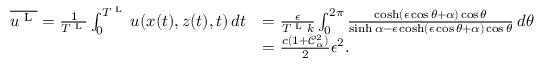
\begin{array} { r l } { \overline { { u ^ { \textnormal { L } } } } = \frac { 1 } { T ^ { \textnormal { L } } } \int _ { 0 } ^ { T ^ { \textnormal { L } } } u ( x ( t ) , z ( t ) , t ) \, d t } & { = \frac { \epsilon } { T ^ { \textnormal { L } } k } \int _ { 0 } ^ { 2 \pi } \frac { \cosh ( \epsilon \cos \theta + { \alpha } ) \cos \theta } { \sinh { \alpha } - \epsilon \cosh ( \epsilon \cos \theta + { \alpha } ) \cos \theta } \, d \theta } \\ & { = \frac { c ( 1 + \mathcal { C } _ { \alpha } ^ { 2 } ) } { 2 } \epsilon ^ { 2 } . } \end{array}